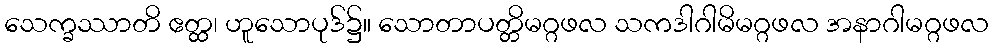
သေက္ခဿာတိ ဧတ္ထ၊ ဟူသောပုဒ်၌။ သောတာပတ္တိမဂ္ဂဖလ သကဒါဂါမိမဂ္ဂဖလ အနာဂါမဂ္ဂဖလ